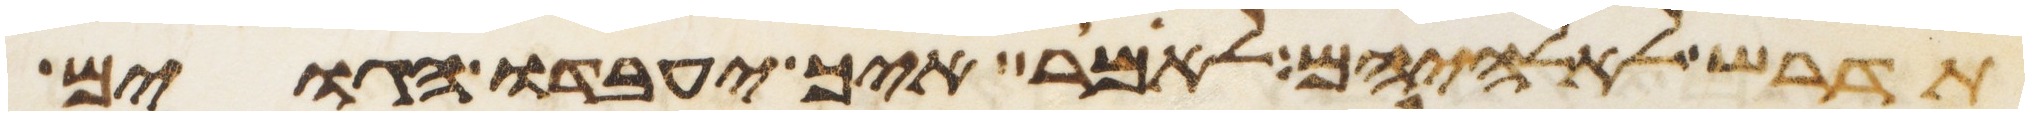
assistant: תדרש לאלהיהם לאמר איך יעבדו הגוים